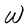
Character: W